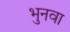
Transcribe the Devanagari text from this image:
भुनवा